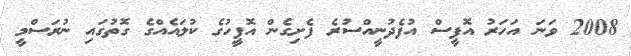
2008 ވަނަ އަހަރު އޮފީސް އުފެދުނީއްސުރެ ފެށިގެން އޮފީހުގެ ކުލައެއްގެ ގޮތުގައި ނުރަސްމީ